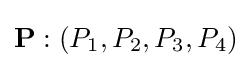
{\textbf {P}}:(P_{1},P_{2},P_{3},P_{4})